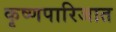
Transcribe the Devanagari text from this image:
कृष्णपारिजात